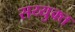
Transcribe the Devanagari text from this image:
सय्युक्त